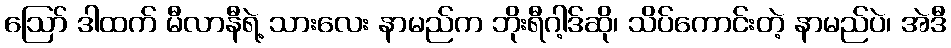
ဪ ဒါထက် မီလာနီရဲ့ သားလေး နာမည်က ဘိုးရီဂါ့ဒ်ဆို၊ သိပ်ကောင်းတဲ့ နာမည်ပဲ၊ အဲဒီ